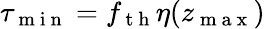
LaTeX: \tau_{\mathrm{~m~i~n~}}=f_{\mathrm{~t~h~}}\eta(z_{\mathrm{~m~a~x~}})